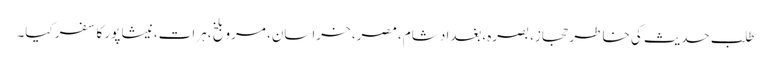
طلبِ حدیث کی خاطر حجاز، بصرہ،بغداد شام، مصر، خراسان، مرو بلخ،ہرات،نیشا پور کا سفر کیا۔